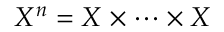
X ^ { n } = X \times \cdots \times X